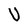
Character: U